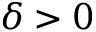
\delta > 0